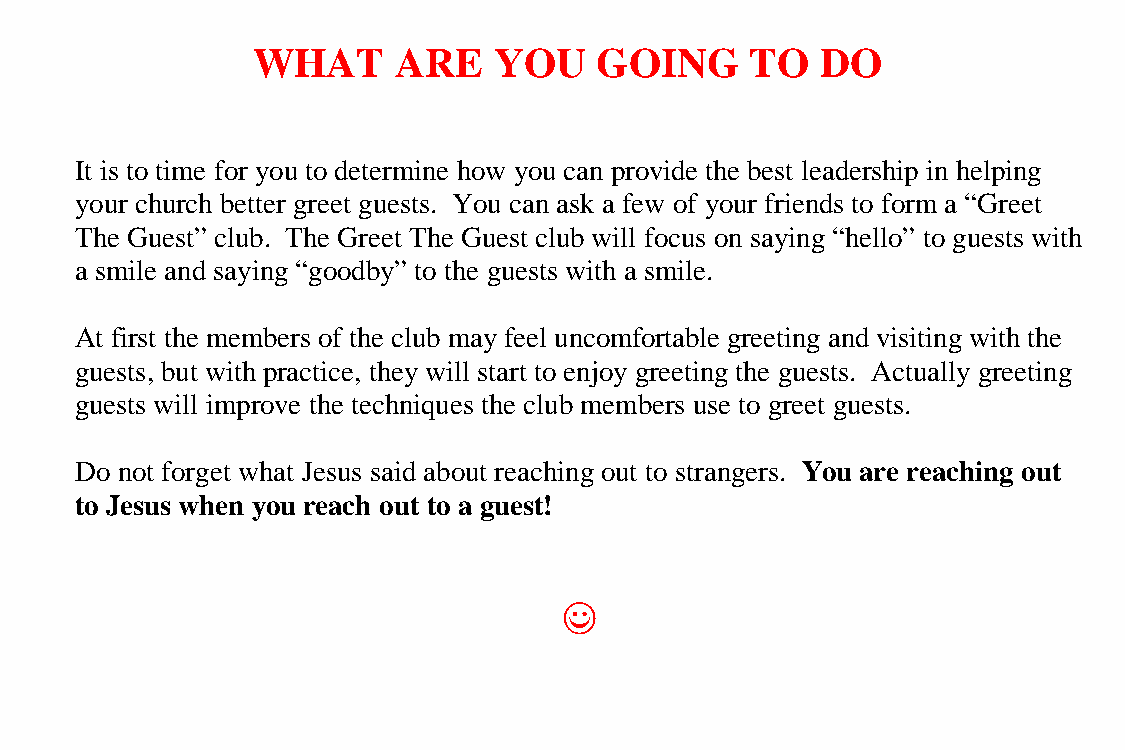
WHAT     ARE    YOU   GOING      TO  DO
 It is to time for you to determine how you can provide the best leadership in helping
 your church better greet guests. You can ask a few of your friends to form a “Greet
 The Guest” club. The Greet The Guest club will focus on saying “hello” to guests with
 a smile and saying “goodby” to the guests with a smile.
 At first the members of the club may feel uncomfortable greeting and visiting with the
 guests, but with practice, they will start to enjoy greeting the guests. Actually greeting
 guests will improve the techniques the club members use to greet guests.
 Do not forget what Jesus said about reaching out to strangers. You are reaching out
 to Jesus when you reach out to a guest!
 ((